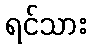
ရင်သား